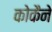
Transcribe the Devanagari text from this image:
कोकैने